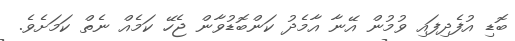
ބޮޑި އުފެދިފައި ވުމުން އޭނާ އާމެދު ކަންބޮޑުވާން ޖެހޭ ކަމެއް ނެތް ކަމަށެވެ.